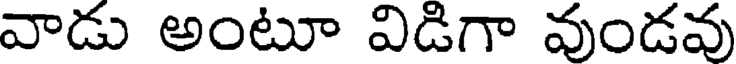
వాడు అంటూ విడిగా వుండవు